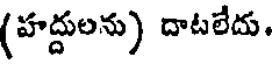
(హద్దులను) దాటలేదు.